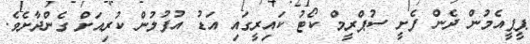
ޕީޕީއެމުން ދެން ފެށީ ސުޕްރީމް ކޯޓު ކައިރީގައި އަޑު އުފުލުން ކުރިއަށް ގެންދާށެވެ.